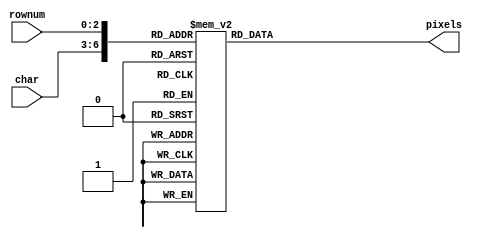
`timescale 1ns / 1ps
module chars(
   // input VGA_clk,
    //input en,
    input [3:0] char,
    input [2:0] rownum,
    output reg [7:0] pixels
    );

always @(*)
   // if (en) begin
        case ({char, rownum})
            7'b0000000: pixels = 8'b01111100; //  XXXXX  
            7'b0000001: pixels = 8'b11000110; // XX   XX 
            7'b0000010: pixels = 8'b11001110; // XX  XXX 
            7'b0000011: pixels = 8'b11011110; // XX XXXX 
            7'b0000100: pixels = 8'b11110110; // XXXX XX 
            7'b0000101: pixels = 8'b11100110; // XXX  XX 
            7'b0000110: pixels = 8'b01111100; //  XXXXX  
            7'b0000111: pixels = 8'b00000000; //         

            7'b0001000: pixels = 8'b00110000; //   XX    
            7'b0001001: pixels = 8'b01110000; //  XXX    
            7'b0001010: pixels = 8'b00110000; //   XX    
            7'b0001011: pixels = 8'b00110000; //   XX    
            7'b0001100: pixels = 8'b00110000; //   XX    
            7'b0001101: pixels = 8'b00110000; //   XX    
            7'b0001110: pixels = 8'b11111100; // XXXXXX  
            7'b0001111: pixels = 8'b00000000; //         

            7'b0010000: pixels = 8'b01111000; //  XXXX   
            7'b0010001: pixels = 8'b11001100; // XX  XX  
            7'b0010010: pixels = 8'b00001100; //     XX  
            7'b0010011: pixels = 8'b00111000; //   XXX   
            7'b0010100: pixels = 8'b01100000; //  XX     
            7'b0010101: pixels = 8'b11001100; // XX  XX  
            7'b0010110: pixels = 8'b11111100; // XXXXXX  
            7'b0010111: pixels = 8'b00000000; //         

            7'b0011000: pixels = 8'b01111000; //  XXXX   
            7'b0011001: pixels = 8'b11001100; // XX  XX  
            7'b0011010: pixels = 8'b00001100; //     XX  
            7'b0011011: pixels = 8'b00111000; //   XXX   
            7'b0011100: pixels = 8'b00001100; //     XX  
            7'b0011101: pixels = 8'b11001100; // XX  XX  
            7'b0011110: pixels = 8'b01111000; //  XXXX   
            7'b0011111: pixels = 8'b00000000; //         

            7'b0100000: pixels = 8'b00011100; //    XXX  
            7'b0100001: pixels = 8'b00111100; //   XXXX  
            7'b0100010: pixels = 8'b01101100; //  XX XX  
            7'b0100011: pixels = 8'b11001100; // XX  XX  
            7'b0100100: pixels = 8'b11111110; // XXXXXXX 
            7'b0100101: pixels = 8'b00001100; //     XX  
            7'b0100110: pixels = 8'b00011110; //    XXXX 
            7'b0100111: pixels = 8'b00000000; //         

            7'b0101000: pixels = 8'b11111100; // XXXXXX  
            7'b0101001: pixels = 8'b11000000; // XX      
            7'b0101010: pixels = 8'b11111000; // XXXXX   
            7'b0101011: pixels = 8'b00001100; //     XX  
            7'b0101100: pixels = 8'b00001100; //     XX  
            7'b0101101: pixels = 8'b11001100; // XX  XX  
            7'b0101110: pixels = 8'b01111000; //  XXXX   
            7'b0101111: pixels = 8'b00000000; //         

            7'b0110000: pixels = 8'b00111000; //   XXX   
            7'b0110001: pixels = 8'b01100000; //  XX     
            7'b0110010: pixels = 8'b11000000; // XX      
            7'b0110011: pixels = 8'b11111000; // XXXXX   
            7'b0110100: pixels = 8'b11001100; // XX  XX  
            7'b0110101: pixels = 8'b11001100; // XX  XX  
            7'b0110110: pixels = 8'b01111000; //  XXXX   
            7'b0110111: pixels = 8'b00000000; //         

            7'b0111000: pixels = 8'b11111100; // XXXXXX  
            7'b0111001: pixels = 8'b11001100; // XX  XX  
            7'b0111010: pixels = 8'b00001100; //     XX  
            7'b0111011: pixels = 8'b00011000; //    XX   
            7'b0111100: pixels = 8'b00110000; //   XX    
            7'b0111101: pixels = 8'b00110000; //   XX    
            7'b0111110: pixels = 8'b00110000; //   XX    
            7'b0111111: pixels = 8'b00000000; //         

            7'b1000000: pixels = 8'b01111000; //  XXXX   
            7'b1000001: pixels = 8'b11001100; // XX  XX  
            7'b1000010: pixels = 8'b11001100; // XX  XX  
            7'b1000011: pixels = 8'b01111000; //  XXXX   
            7'b1000100: pixels = 8'b11001100; // XX  XX  
            7'b1000101: pixels = 8'b11001100; // XX  XX  
            7'b1000110: pixels = 8'b01111000; //  XXXX   
            7'b1000111: pixels = 8'b00000000; //         

            7'b1001000: pixels = 8'b01111000; //  XXXX   
            7'b1001001: pixels = 8'b11001100; // XX  XX  
            7'b1001010: pixels = 8'b11001100; // XX  XX  
            7'b1001011: pixels = 8'b01111100; //  XXXXX  
            7'b1001100: pixels = 8'b00001100; //     XX  
            7'b1001101: pixels = 8'b00011000; //    XX   
            7'b1001110: pixels = 8'b01110000; //  XXX    
            7'b1001111: pixels = 8'b00000000; //         

            7'b1010000: pixels = 8'b11111100; // XXXXXX  
            7'b1010001: pixels = 8'b01100110; //  XX  XX 
            7'b1010010: pixels = 8'b01100110; //  XX  XX 
            7'b1010011: pixels = 8'b01111100; //  XXXXX  
            7'b1010100: pixels = 8'b01100110; //  XX  XX 
            7'b1010101: pixels = 8'b01100110; //  XX  XX 
            7'b1010110: pixels = 8'b11111100; // XXXXXX  
            7'b1010111: pixels = 8'b00000000; //         

            7'b1011000: pixels = 8'b11111110; // XXXXXXX 
            7'b1011001: pixels = 8'b01100010; //  XX   X 
            7'b1011010: pixels = 8'b01101000; //  XX X   
            7'b1011011: pixels = 8'b01111000; //  XXXX   
            7'b1011100: pixels = 8'b01101000; //  XX X   
            7'b1011101: pixels = 8'b01100000; //  XX     
            7'b1011110: pixels = 8'b11110000; // XXXX    
            7'b1011111: pixels = 8'b00000000; //         

            7'b1100000: pixels = 8'b00110000; //   XX
            7'b1100001: pixels = 8'b00000000; //
            7'b1100010: pixels = 8'b01110000; //  XXX
            7'b1100011: pixels = 8'b00110000; //   XX
            7'b1100100: pixels = 8'b00110000; //   XX
            7'b1100101: pixels = 8'b00110000; //   XX
            7'b1100110: pixels = 8'b01111000; //  XXXX
            7'b1100111: pixels = 8'b00000000; //

            7'b1101000: pixels = 8'b00000000; //
            7'b1101001: pixels = 8'b00000000; //
            7'b1101010: pixels = 8'b11001100; // XX  XX
            7'b1101011: pixels = 8'b11001100; // XX  XX
            7'b1101100: pixels = 8'b11001100; // XX  XX
            7'b1101101: pixels = 8'b11001100; // XX  XX
            7'b1101110: pixels = 8'b01110110; //  XXX XX
            7'b1101111: pixels = 8'b00000000; //

            7'b1110000: pixels = 8'b00000000; //
            7'b1110001: pixels = 8'b00000000; //
            7'b1110010: pixels = 8'b11111100; // XXXXXX
            7'b1110011: pixels = 8'b10011000; // X  XX
            7'b1110100: pixels = 8'b00110000; //   XX
            7'b1110101: pixels = 8'b01100100; //  XX  X
            7'b1110110: pixels = 8'b11111100; // XXXXXX
            7'b1110111: pixels = 8'b00000000; //

        default: pixels = 8'b00000000;
        endcase
    //end
endmodule